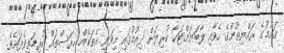
ޤައުމުގެ ރައްޔިތުންގެ ހެވާއި ލާބަޔަށްޓަކާ ކުރިޔަށް ދިއުމުގައި މިވަނީ އެތަކެއް ހުރަސްތައް ކުރިމަތިވެފައެވެ.